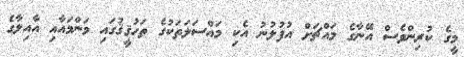
މީގެ ކުރިންވެސް އޭނާގެ މައްޗަށް އުފުލުނު އެކި މައްސަލަތަކުގެ ތަހުޤީޤުގައި މަންމައާއި އާއިލާގެ